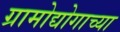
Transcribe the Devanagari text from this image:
ग्रामोद्योगाच्या